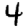
Digit: 4